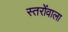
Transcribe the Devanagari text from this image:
स्तरोंवाला